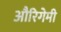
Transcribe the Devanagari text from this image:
औरिगेमी